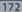
72